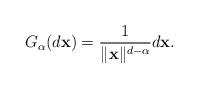
LaTeX: \begin{align*}G_{\alpha }(d\mathbf{x})=\frac{1}{\|\mathbf{x}\|^{d-\alpha}}d\mathbf{x}. \end{align*}